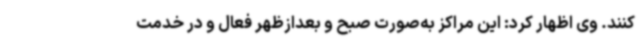
کنند. وی اظهار کرد: این مراکز به‌صورت صبح و بعدازظهر فعال و در خدمت